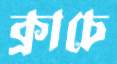
ক্রাচে